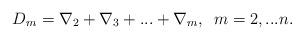
LaTeX: \begin{align*}D_{m}=\nabla _{2}+\nabla _{3}+...+\nabla _{m}, \,\,\,m=2,...n. \end{align*}